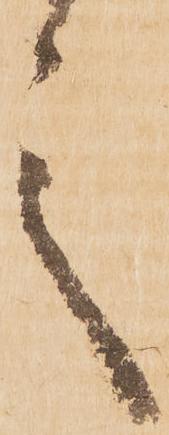
言